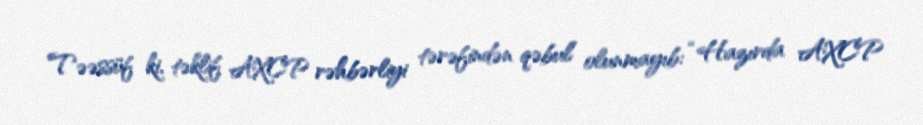
Təəssüf ki, təklif AXCP rəhbərliyi tərəfindən qəbul olunmayıb: “Hazırda AXCP